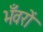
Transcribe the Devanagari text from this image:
भँवरों